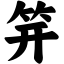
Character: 笄